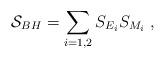
LaTeX: \begin{align*}{\cal S}_{BH}=\sum_{i=1,2}S_{E_i}S_{M_i} \; ,\end{align*}